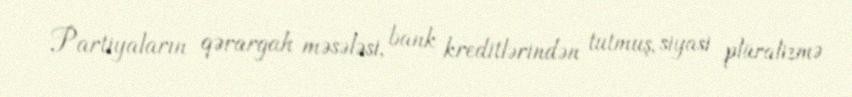
Partiyaların qərargah məsələsi, bank kreditlərindən tutmuş, siyasi plüralizmə